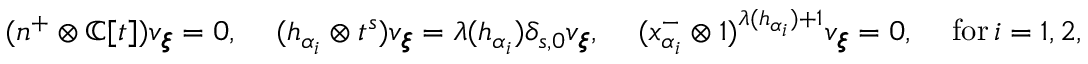
( \mathfrak { n } ^ { + } \otimes \mathbb C [ t ] ) v _ { \pmb { \xi } } = 0 , \quad \, ( h _ { \alpha _ { i } } \otimes t ^ { s } ) v _ { \pmb { \xi } } = \lambda ( h _ { \alpha _ { i } } ) \delta _ { s , 0 } v _ { \pmb { \xi } } , \quad \, ( x _ { \alpha _ { i } } ^ { - } \otimes 1 ) ^ { \lambda ( h _ { \alpha _ { i } } ) + 1 } v _ { \pmb { \xi } } = 0 , \quad \, \mathrm { f o r } \, i = 1 , 2 ,